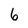
Character: 6